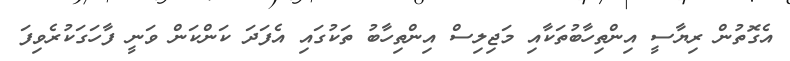
އެގޮތުން ރިޔާސީ އިންތިހާބުތަކާއި މަޖިލިސް އިންތިހާބު ތަކުގައި އެފަދަ ކަންކަން ވަނީ ފާހަގަކުރެވިފަ